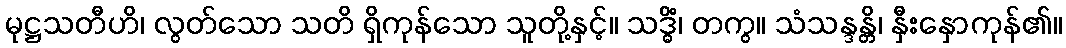
မုဋ္ဌသတီဟိ၊ လွတ်သော သတိ ရှိကုန်သော သူတို့နှင့်။ သဒ္ဓိံ၊ တကွ။ သံသန္ဒန္တိ၊ နှီးနှောကုန်၏။